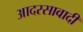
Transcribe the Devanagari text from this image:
आदरसावादी